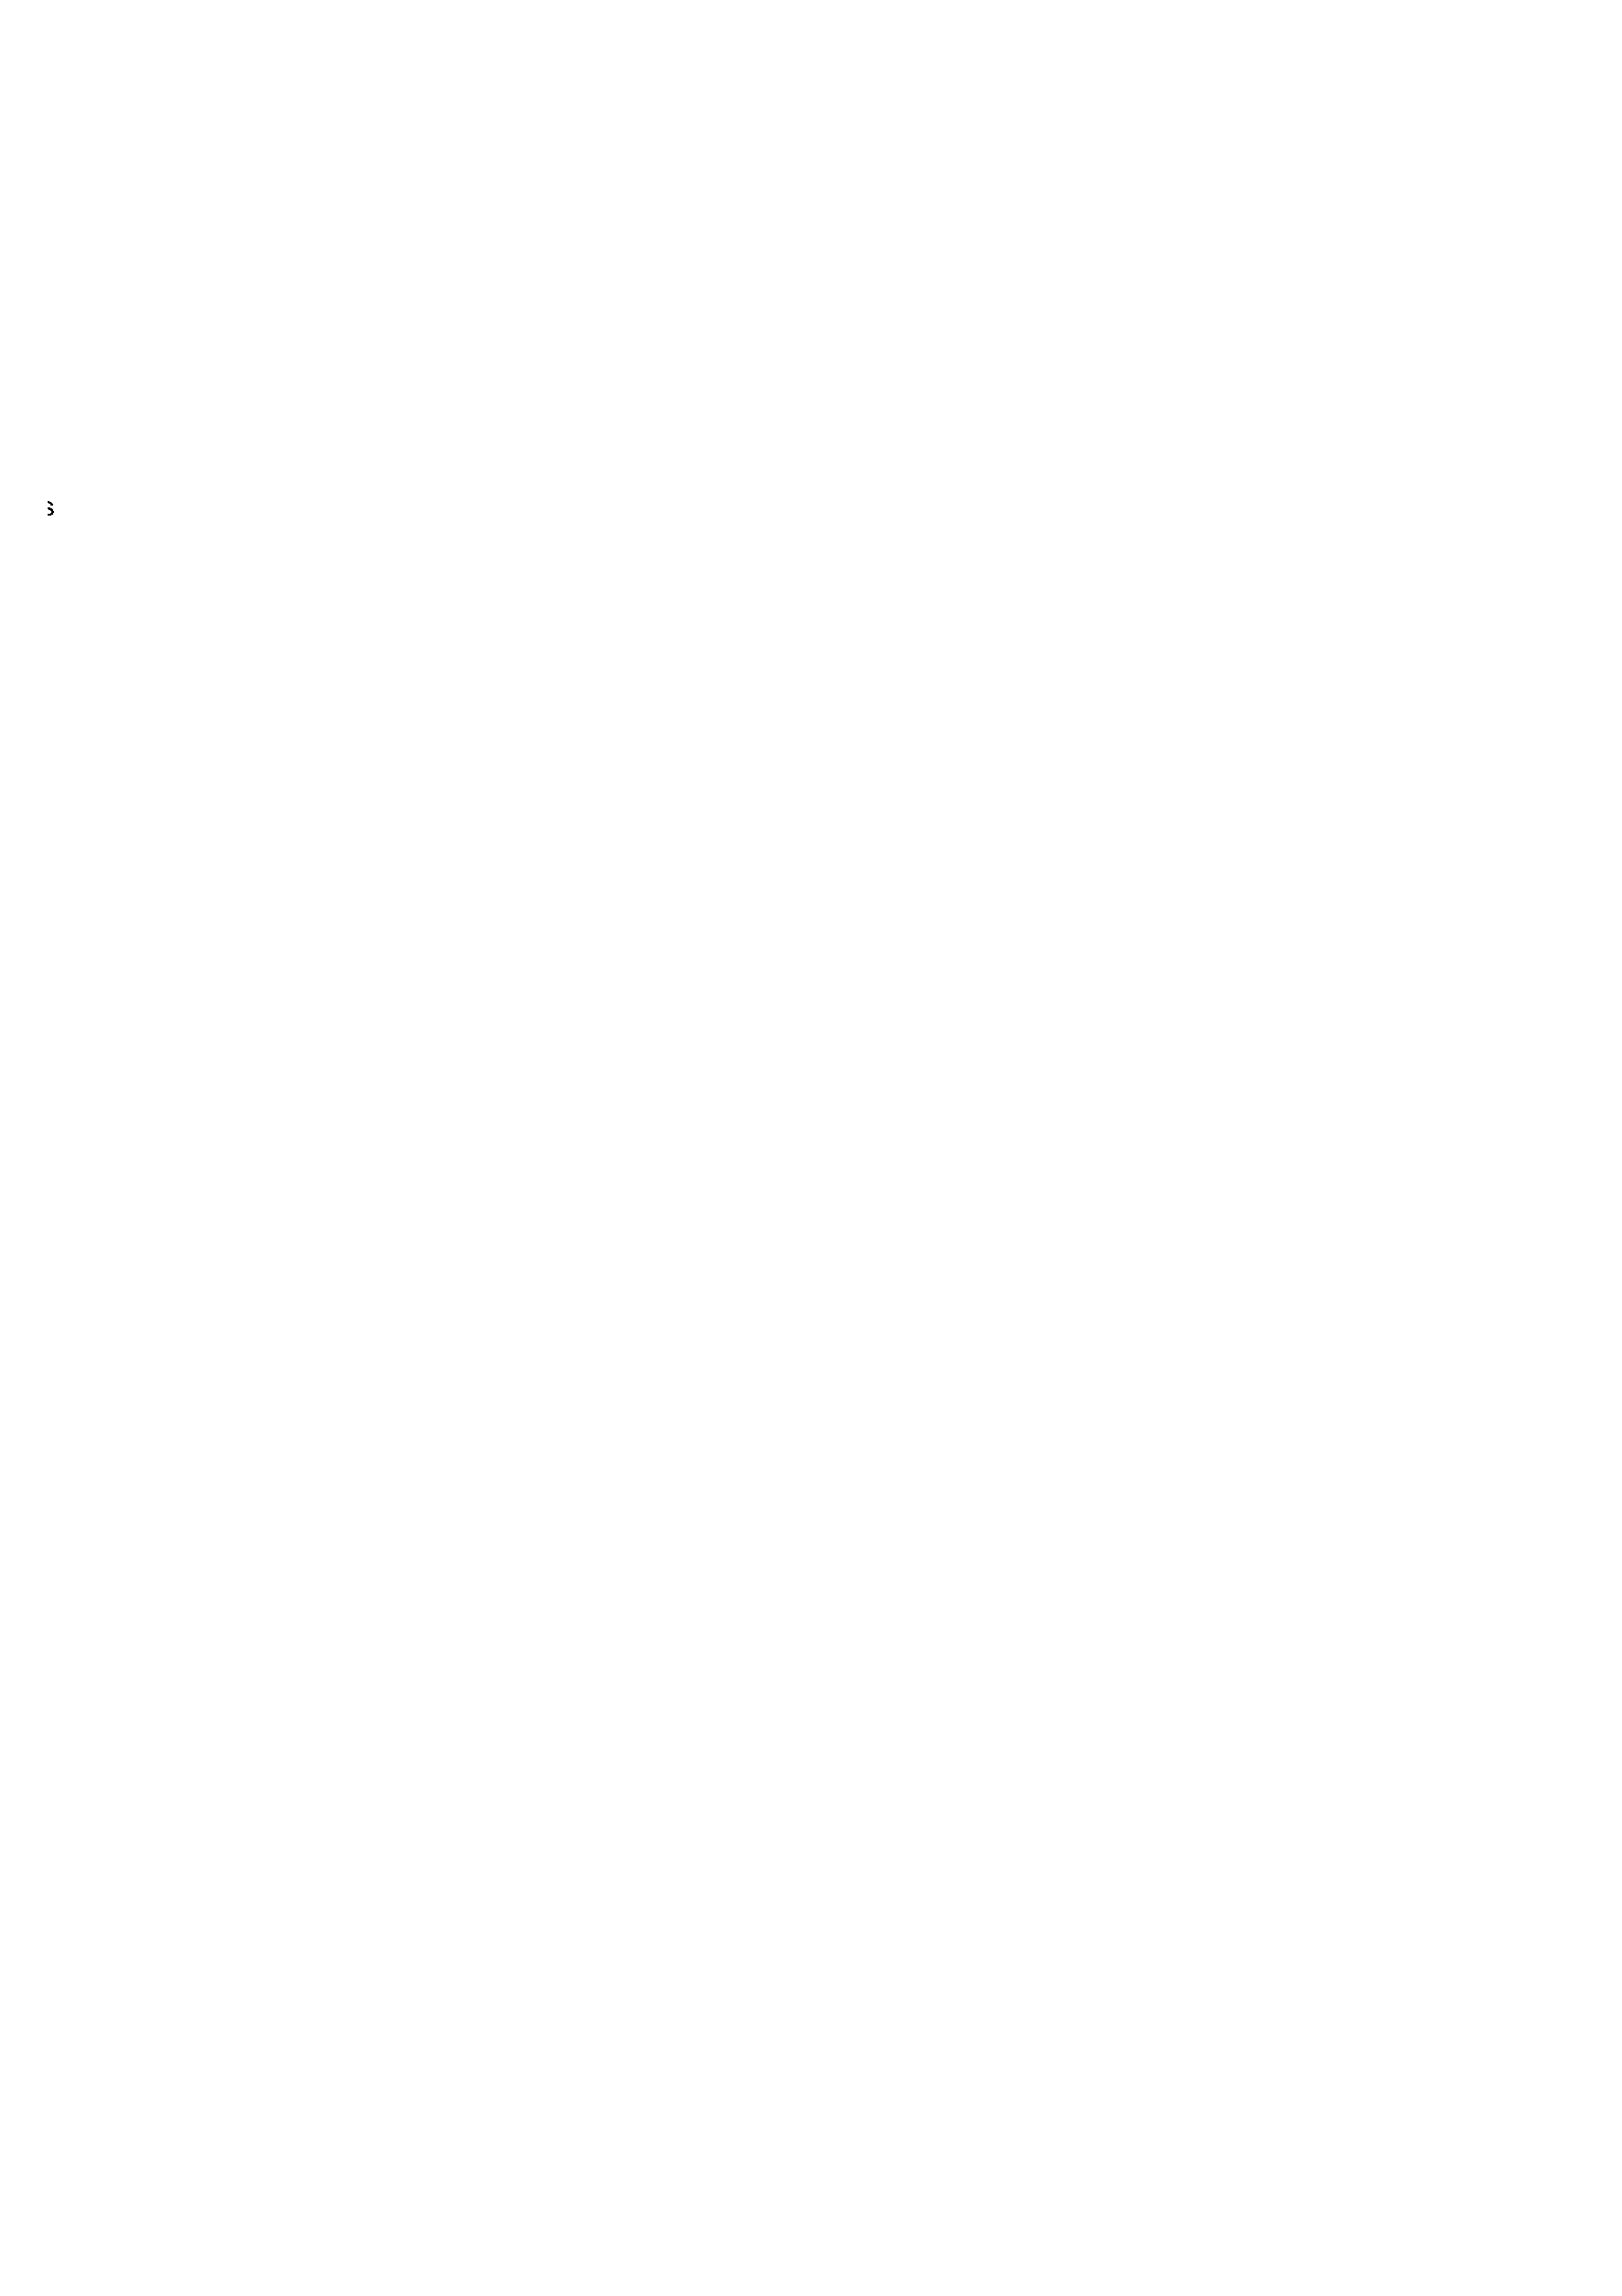
individuals from this
 year are eligible for